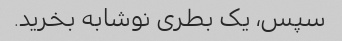
سپس، یک بطری نوشابه بخرید.